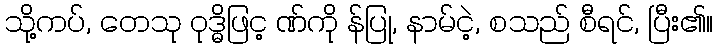
သို့ကပ်, တေသု ဝုဒ္ဓိဖြင့ ဏ်ကို န်ပြု, နာမ်ငဲ့, စသည် စီရင်, ပြီး၏။